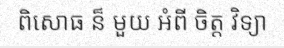
ពិសោធ ន៏ មួយ អំពី ចិត្ត វិទ្យា